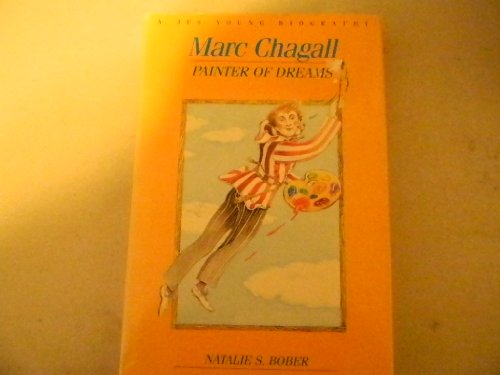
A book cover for Marc Chagall: Painter of Dreams; Natalie Bober; Teen & Young Adult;